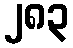
၂၈၃